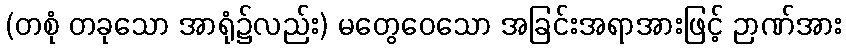
(တစုံ တခုသော အာရုံ၌လည်း) မတွေဝေသော အခြင်းအရာအားဖြင့် ဉာဏ်အား